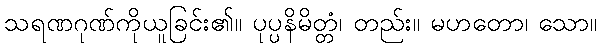
သရဏဂုဏ်ကိုယူခြင်း၏။ ပုပ္ပနိမိတ္တံ၊ တည်း။ မဟတော၊ သော။